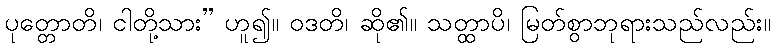
ပုတ္တောတိ၊ ငါတို့သား” ဟူ၍။ ဝဒတိ၊ ဆို၏။ သတ္ထာပိ၊ မြတ်စွာဘုရားသည်လည်း။